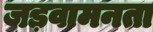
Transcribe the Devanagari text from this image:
जड़वामनता